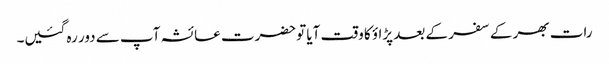
رات بھر کے سفر کے بعد پڑاؤ کا وقت آیا توحضرت عائشہ آپ سے دور رہ گئیں۔